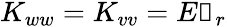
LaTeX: K_{ww}=K_{vv}=E\mathbb{1}_{r}